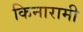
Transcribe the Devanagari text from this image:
किनारामी